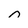
Character: n